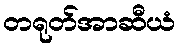
တရုတ်အာဆီယံ